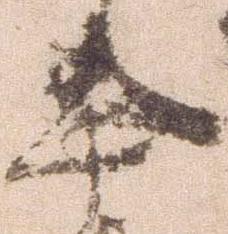
忠